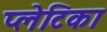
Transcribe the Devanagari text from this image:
प्लेटिका